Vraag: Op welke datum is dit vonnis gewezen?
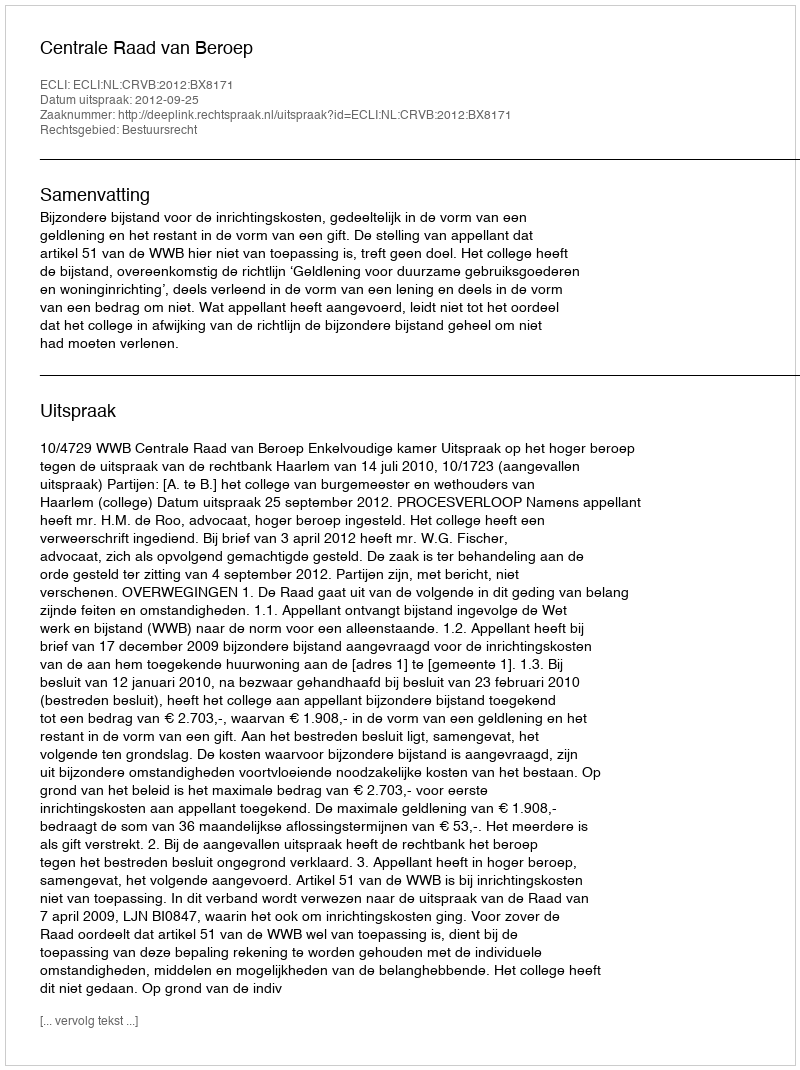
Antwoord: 2012-09-25